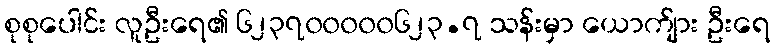
စုစုပေါင်း လူဦးရေ၏ ၆၂၃၇၀၀၀၀၀၆၂၃.၇ သန်းမှာ ယောက်ျား ဦးရေ